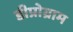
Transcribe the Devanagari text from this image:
डीप्रोग्राम